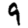
Digit: 9